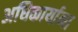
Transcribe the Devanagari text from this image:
अधिकार्याना